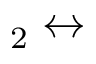
_ 2 \leftrightarrow